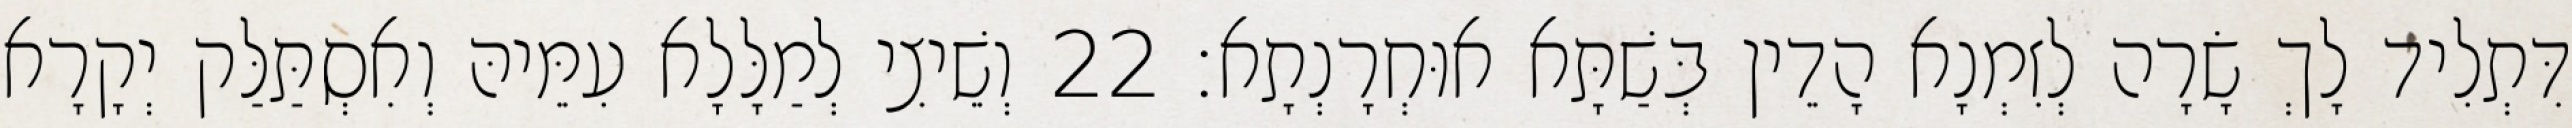
דִּתְלִיד לָךְ שָׂרָה לְזִמְנָא הָדֵין בְּשַׁתָּא אוּחְרָנְתָא׃ 22 וְשֵׁיצִי לְמַלָּלָא עִמֵּיהּ וְאִסְתַּלַּק יְקָרָא